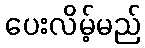
ပေးလိမ့်မည်